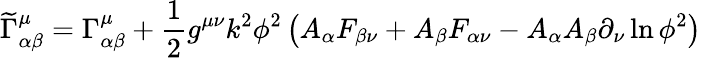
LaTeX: {\widetilde{\Gamma}}_{\alpha\beta}^{\mu}=\Gamma_{\alpha\beta}^{\mu}+{\frac{1}{2}}g^{\mu\nu}k^{2}\phi^{2}\left(A_{\alpha}F_{\beta\nu}+A_{\beta}F_{\alpha\nu}-A_{\alpha}A_{\beta}\partial_{\nu}\ln\phi^{2}\right)